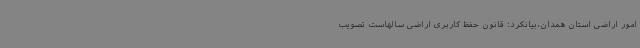
امور اراضی استان همدان،بیانکرد: قانون حفظ کاربری اراضی سالهاست تصویب